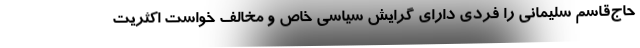
حاج‌قاسم سلیمانی را فردی دارای گرایش سیاسی خاص و مخالف خواست اکثریت